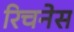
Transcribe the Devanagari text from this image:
रिचनेस